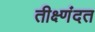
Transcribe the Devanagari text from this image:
तीक्ष्णंदत